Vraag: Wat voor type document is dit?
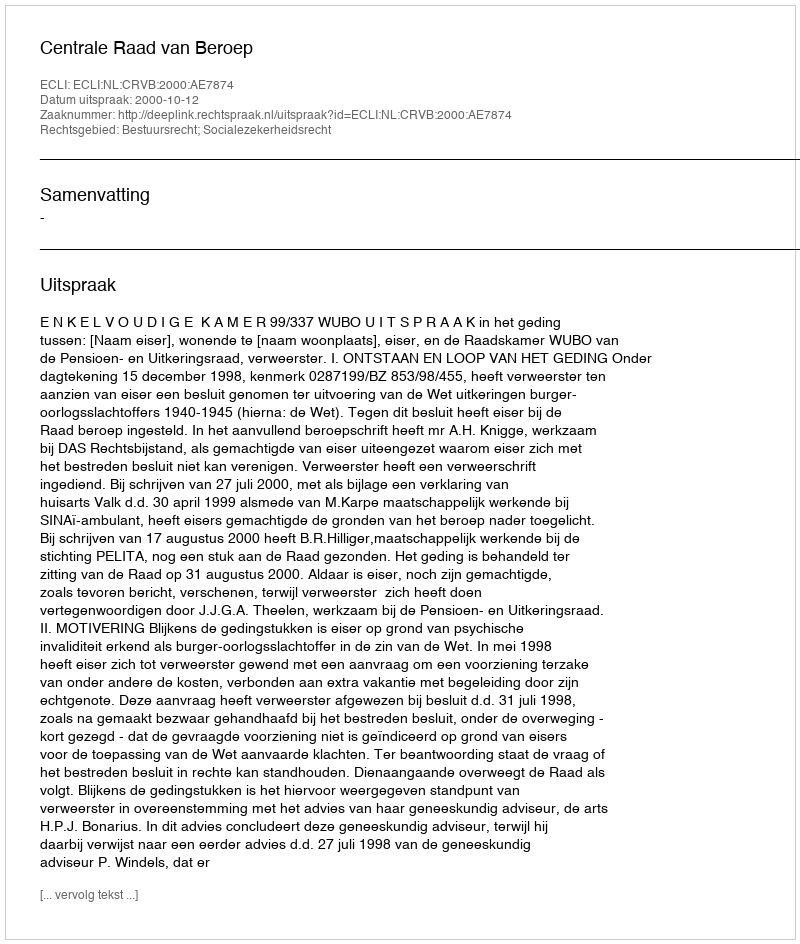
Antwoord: Uitspraak